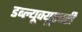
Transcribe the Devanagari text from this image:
डब्ल्यूक्यूएचटी